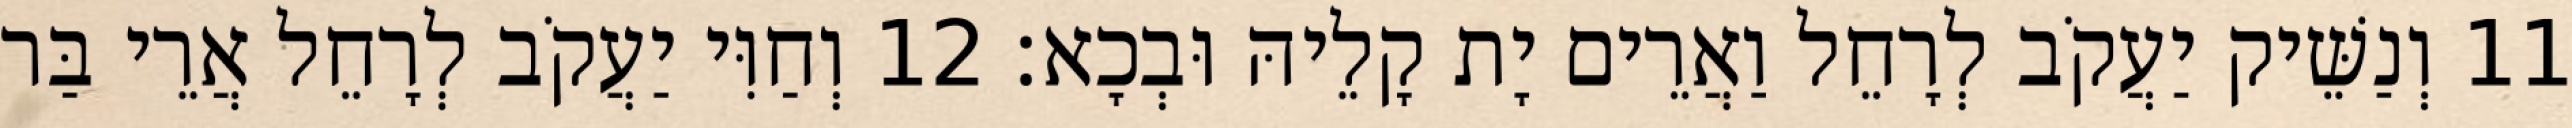
11 וְנַשֵּׁיק יַעֲקֹב לְרָחֵל וַאֲרֵים יָת קָלֵיהּ וּבְכָא׃ 12 וְחַוִּי יַעֲקֹב לְרָחֵל אֲרֵי בַּר